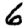
Digit: 6